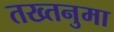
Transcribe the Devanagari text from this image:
तख्तनुमा